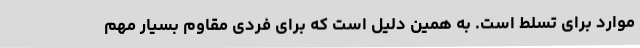
موارد برای تسلط است. به همین دلیل است که برای فردی مقاوم بسیار مهم